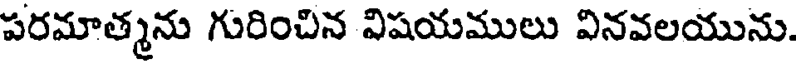
పరమాత్మను గురించిన విషయములు వినవలయును.